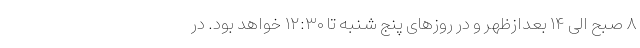
۸ صبح الی ۱۴ بعدازظهر و در روزهای پنج شنبه تا ۱۲:۳۰ خواهد بود. در